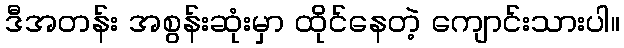
ဒီအတန်း အစွန်းဆုံးမှာ ထိုင်နေတဲ့ ကျောင်းသားပါ။